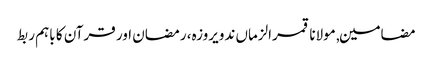
مضامین, مولانا قمرالزماں ندویروزہ، رمضان اور قرآن کا باہم ربط